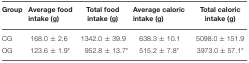
<table><thead><tr><td><b>Group</b></td><td><b>Average food intake (g)</b></td><td><b>Total food intake (g)</b></td><td><b>Average caloric intake (g)</b></td><td><b>Total caloric intake (g)</b></td></tr></thead><tbody><tr><td>CG</td><td>168.0 ± 2.6</td><td>1342.0 ± 39.9</td><td>638.3 ± 10.1</td><td>5098.0 ± 151.9</td></tr><tr><td>OG</td><td>123.6 ± 1.9<sup>*</sup></td><td>952.8 ± 13.7<sup>*</sup></td><td>515.2 ± 7.8<sup>*</sup></td><td>3973.0 ± 57.1<sup>*</sup></td></tr></tbody></table>